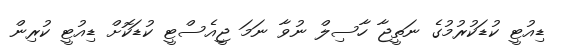
ޑިއުޓީ ކުޑަކުރުމުގެ ނަތީޖާ ހާސިލް ނުވާ ނަމަ ޖީއެސްޓީ ކުޑަކޮށް ޑިއުޓީ ކުރިން